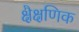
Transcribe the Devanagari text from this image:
क्षैक्षणिक